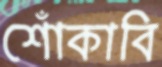
শোঁকাবি